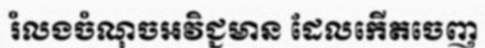
រំលងចំណុចអវិជ្ជមាន ដែលកើតចេញ